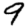
Digit: 9